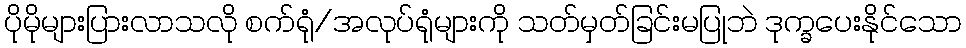
ပိုမိုများပြားလာသလို စက်ရုံ/အလုပ်ရုံများကို သတ်မှတ်ခြင်းမပြုဘဲ ဒုက္ခပေးနိုင်သော